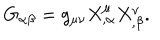
G _ { \alpha \beta } = g _ { \mu \nu } X _ { , \alpha } ^ { \mu } X _ { , \beta } ^ { \nu } .